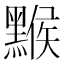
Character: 𪑻